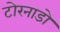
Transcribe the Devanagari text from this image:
टोरनाडो